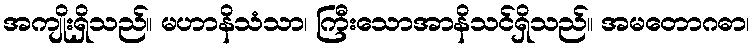
အကျိုးရှိသည်။ မဟာနိသံသာ၊ ကြီးသောအာနိသင်ရှိသည်။ အမတောဂဓာ၊